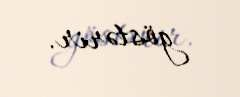
göstərir.